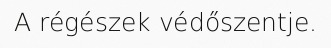
A régészek védőszentje.